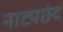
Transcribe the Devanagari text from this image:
नाट्यछंद